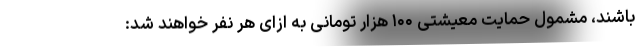
باشند، مشمول حمایت معیشتی ۱۰۰ هزار تومانی به ازای هر نفر خواهند شد: